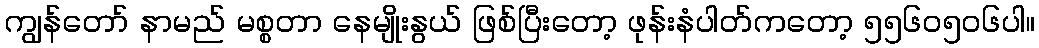
ကျွန်တော် နာမည် မစ္စတာ နေမျိုးနွယ် ဖြစ်ပြီးတော့ ဖုန်းနံပါတ်ကတော့ ၅၅၆၀၅၀၆ပါ။